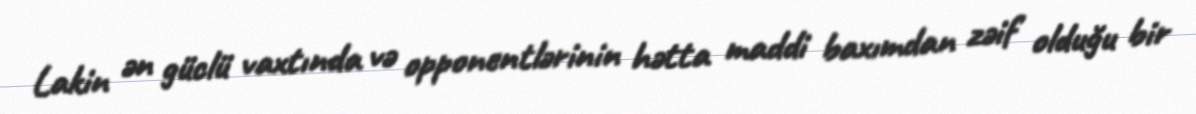
Lakin ən güclü vaxtında və opponentlərinin hətta maddi baxımdan zəif olduğu bir